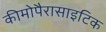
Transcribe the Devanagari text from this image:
कीमोपैरासाइटिक